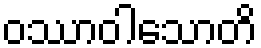
ဝဿာဝါသောတိ